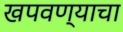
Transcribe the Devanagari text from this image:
खपवण्याचा